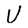
Character: U